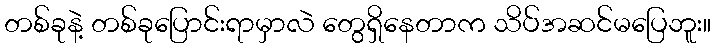
တစ်ခုနဲ့ တစ်ခုပြောင်းရာမှာလဲ တွေရှိနေတာက သိပ်အဆင်မပြေဘူး။